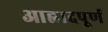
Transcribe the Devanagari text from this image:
आह्लादपूर्ण